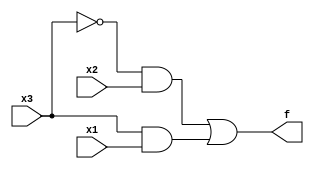
// truth table
// number x3 x2 x1  f
// 0      0  0  0   0
// 1      0  0  1   0
// 2      0  1  0   1
// 3      0  1  1   1
// 4      1  0  0   0
// 5      1  0  1   1
// 6      1  1  0   0
// 7      1  1  1   1

module top_module(
    input x3,
    input x2,
    input x1,  // three inputs
    output f   // one output
);
    assign f = ((~x3)&x2)|(x3&x1);

endmodule